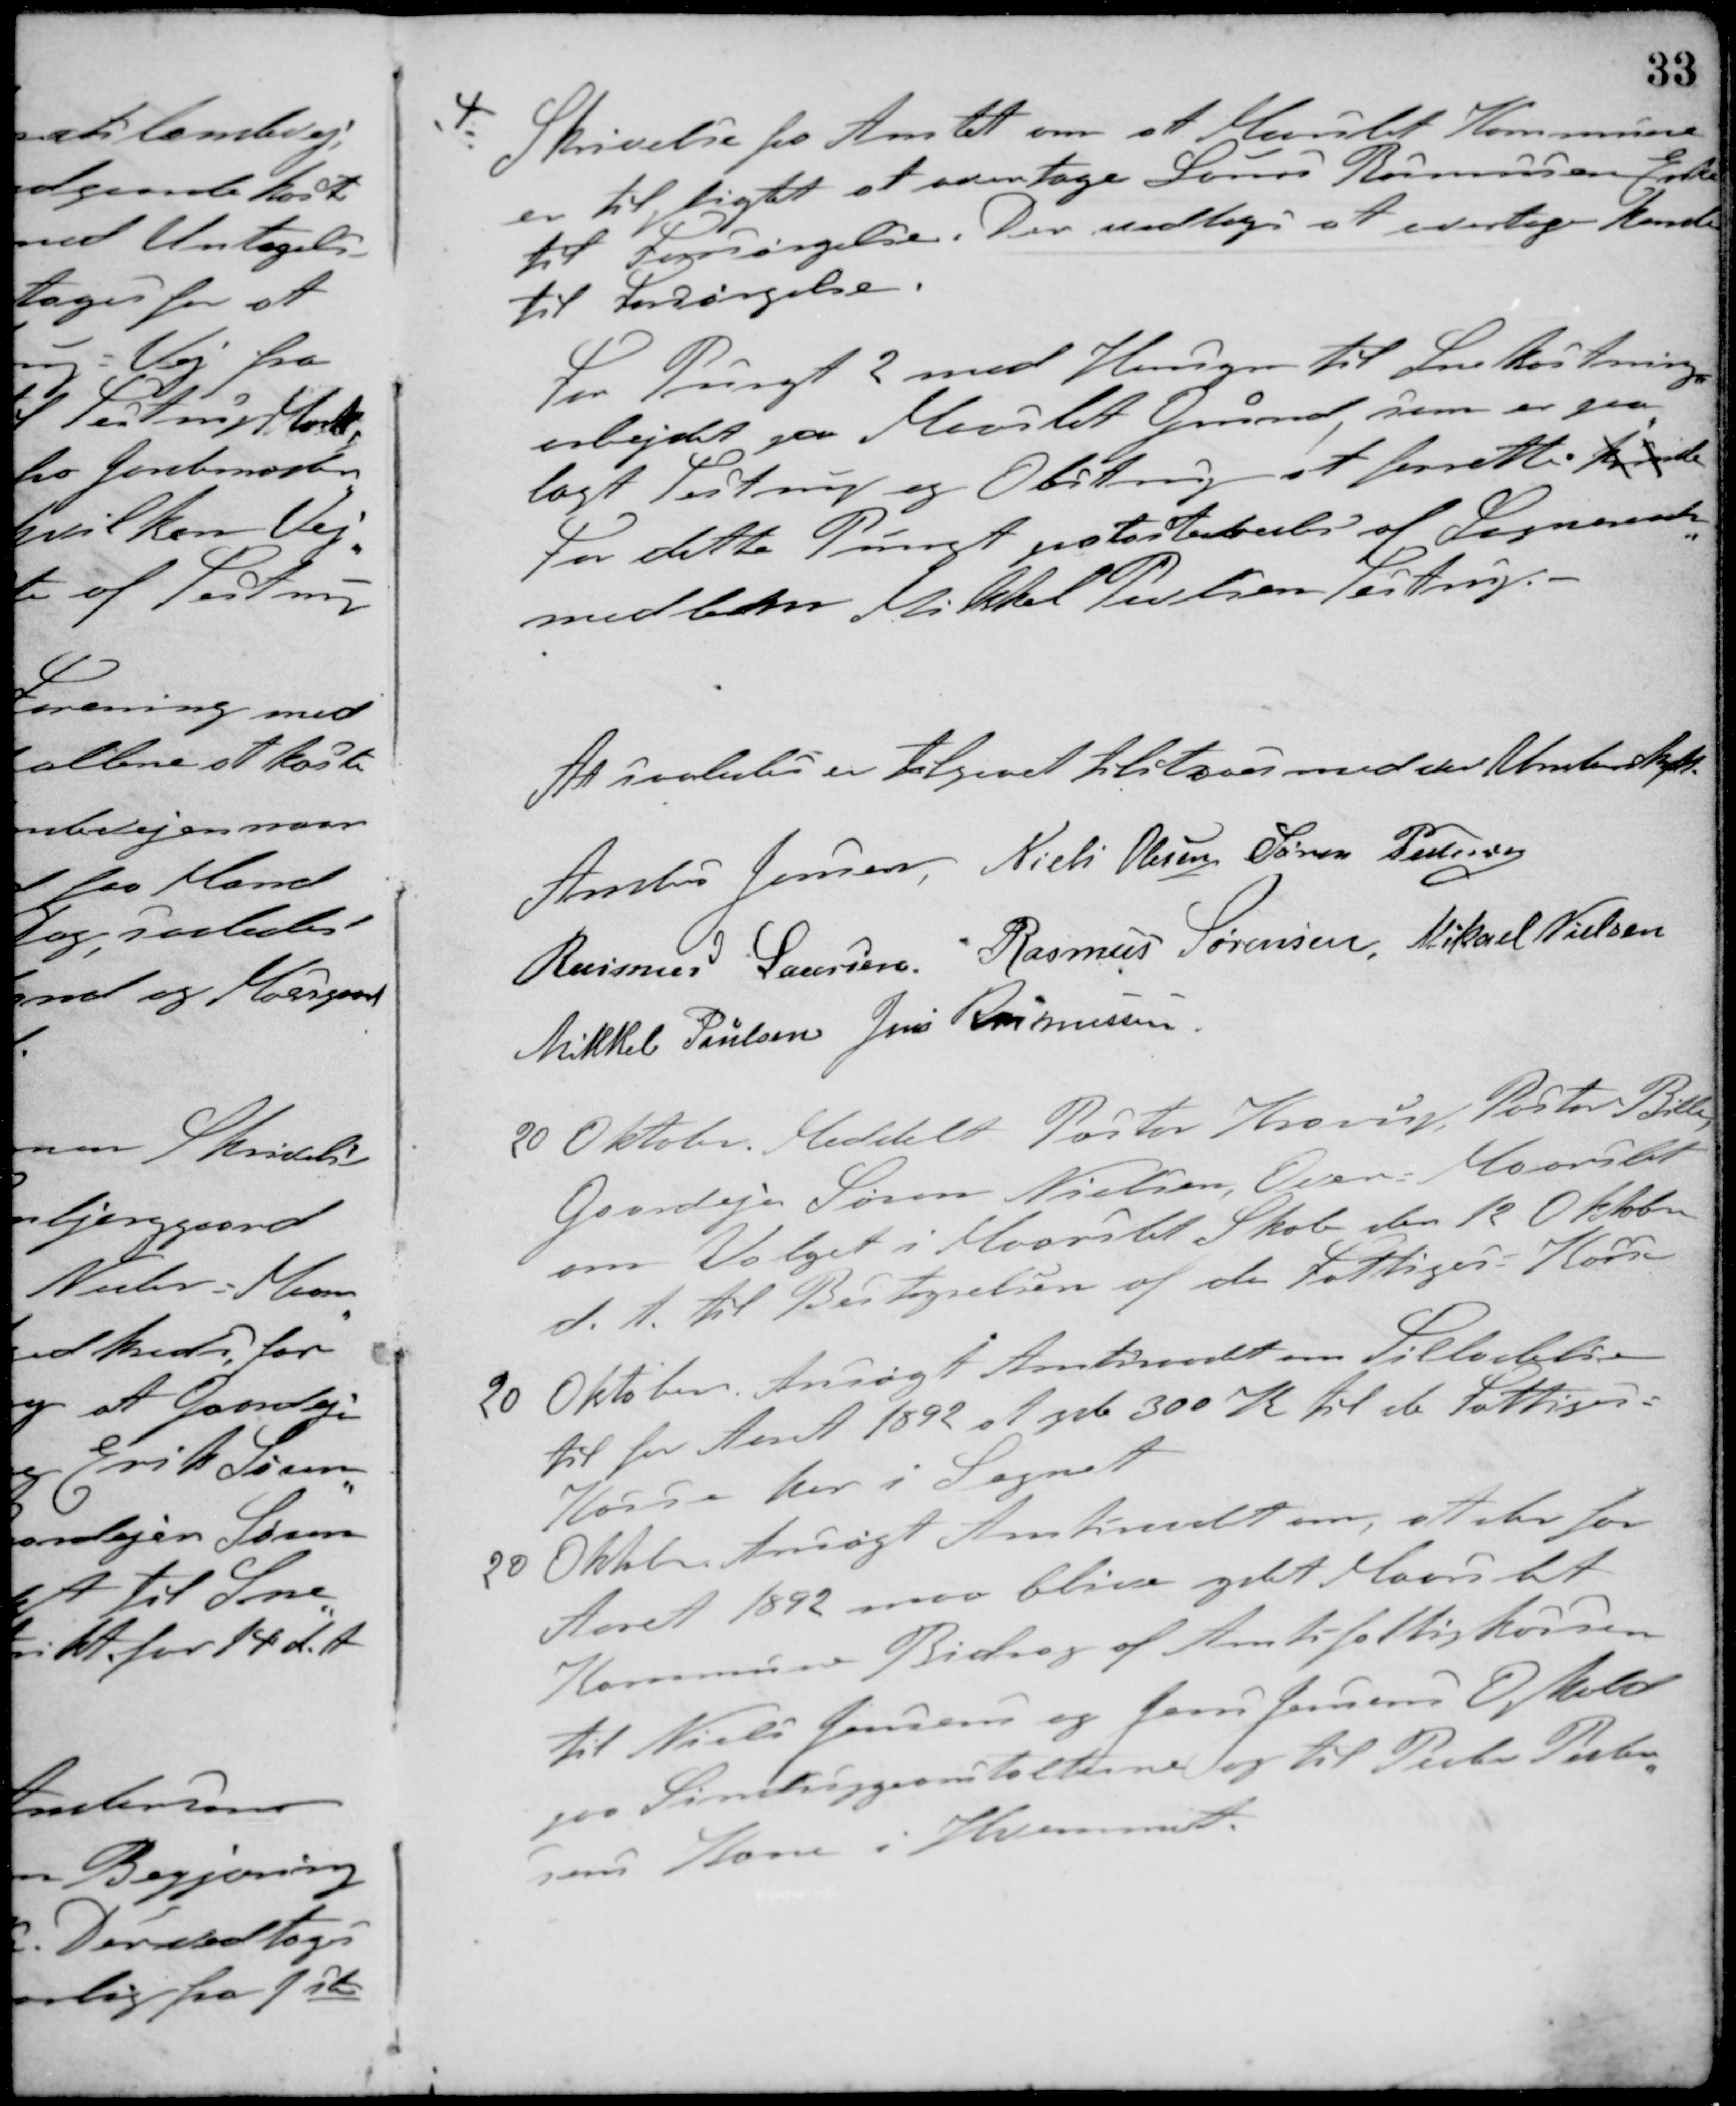
Transskription:
4 Skrivelse fra Amtet om at Maarslet Kommune
er tilpliget at overtage Laurs Rasmussens Enke
til Forsørgelse. Der vedtoges at overtage hende
til Forsørgelse.
For Pungt 2 med Hensyn til Snekastnings-
arbejdet paa Maarslet Grund, som er paa-
lagt Testrup og Obstrup at forrette kunde
For dette Pungt patosterbeels af Sogneraads-
medlem Mikkel Pedersen Testrup. -
At saaledes er tilgaaet tilstaaes med vor Underskrift.
Anders Jensen Niels Olesen Søren Pedersen
Rasmus Laursen Rasmus Sørensen Mikael Nielsen
Mikkel Poulsen Jens Rasmussen
20 Oktober Meddelt Pastor Krorup, Pastor Bille,
Gaardejer Søren Nielsen, Over Maarslet
om Valget i Maarslet Skole den 12 Oktober
d. A. til Bestyrelsen af de Fattiges - Kasse
20 Oktober. Ansøgt Amtsraadet om Tilladelse
til for Aaret 1892 at yde 300 K. til de Fattiges
Kasse her i Sognet
20 Oktober Ansøgt Amtsraadet om, at der for
Aaret 1892 maa blive ydet Maarslet
Kommune Bidrag af Amtsfattigkassen
til Niels Jensen og Jens Jensens Ophold
paa Sindsygeanstalterne og til Peder Peder-
sens Kone i Hjemmet.